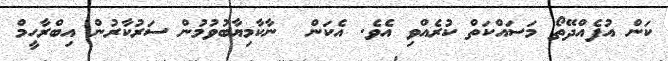
ކަން އުފެއްދޭތޯ މަސައްކަތް ކުރެއްވި އެވެ. އެކަން  ނާކާމިޔާބުވުމުން ސަރުކާރުން އިބްރާހީމް